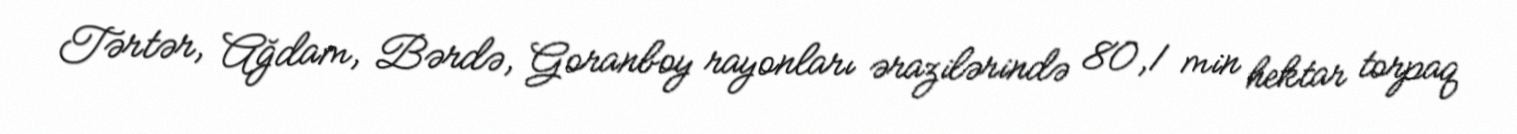
Tərtər, Ağdam, Bərdə, Goranboy rayonları ərazilərində 80,1 min hektar torpaq